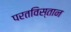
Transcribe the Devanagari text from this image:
परतविस्तान